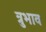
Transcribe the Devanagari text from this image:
त्रुभाव